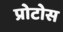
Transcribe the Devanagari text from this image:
प्रोटोस